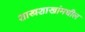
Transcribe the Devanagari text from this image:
शास्त्रशाखांमधील